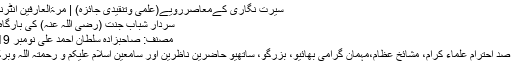
سیرت نگاری کےمعاصررویے(علمی وتنقیدی جائزہ) | مرۃالعارفین انٹرنیشنل
سردارِ شبابِ جنّت (رضی اللہ عنہ) کی بارگاہ میں
مصنف: صاحبزادہ سلطان احمد علی نومبر 2019
قابل صد احترام علماء کرام، مشائخ عظام،مہمان گرامی بھائیو، بزرگو، ساتھیو حاضرین ناظرین اور سامعین اسلام علیکم و رحمتہ اللہ وبرکاۃ !